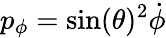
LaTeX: p_{\phi}=\sin(\theta)^{2}{\dot{\phi}}